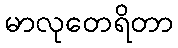
မာလုတေရိတာ